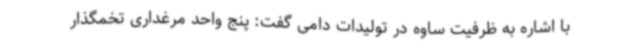
با اشاره به ظرفیت ساوه در تولیدات دامی گفت: پنج واحد مرغداری تخمگذار